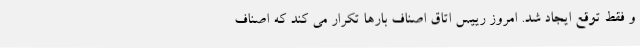
و فقط توقع ایجاد شد. امروز رییس اتاق اصناف بارها تکرار می کند که اصناف